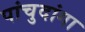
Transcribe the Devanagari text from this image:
पांचुदांगा